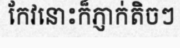
កែវនោះក៏ភ្ញាក់តិចៗ